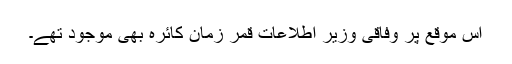
اس موقع پر وفاقی وزیرِ اطلاعات قمر زمان کائرہ بھی موجود تھے۔